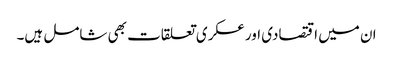
ان میں اقتصادی اور عسکری تعلقات بھی شامل ہیں۔